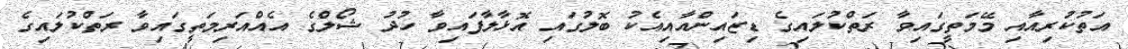
އަތުކުރިއާއި މޭމަތީގައިވާ ރަތްކުލައިގެ ޑިޒައިންއާއިއެކު ބޮލުގައި އޮޅާލާފައިވާ ހުދު ޝޯލްގެ އެއްއަރިމަތީގައިވާ ރަތްކުލައިގެ